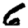
Digit: 6